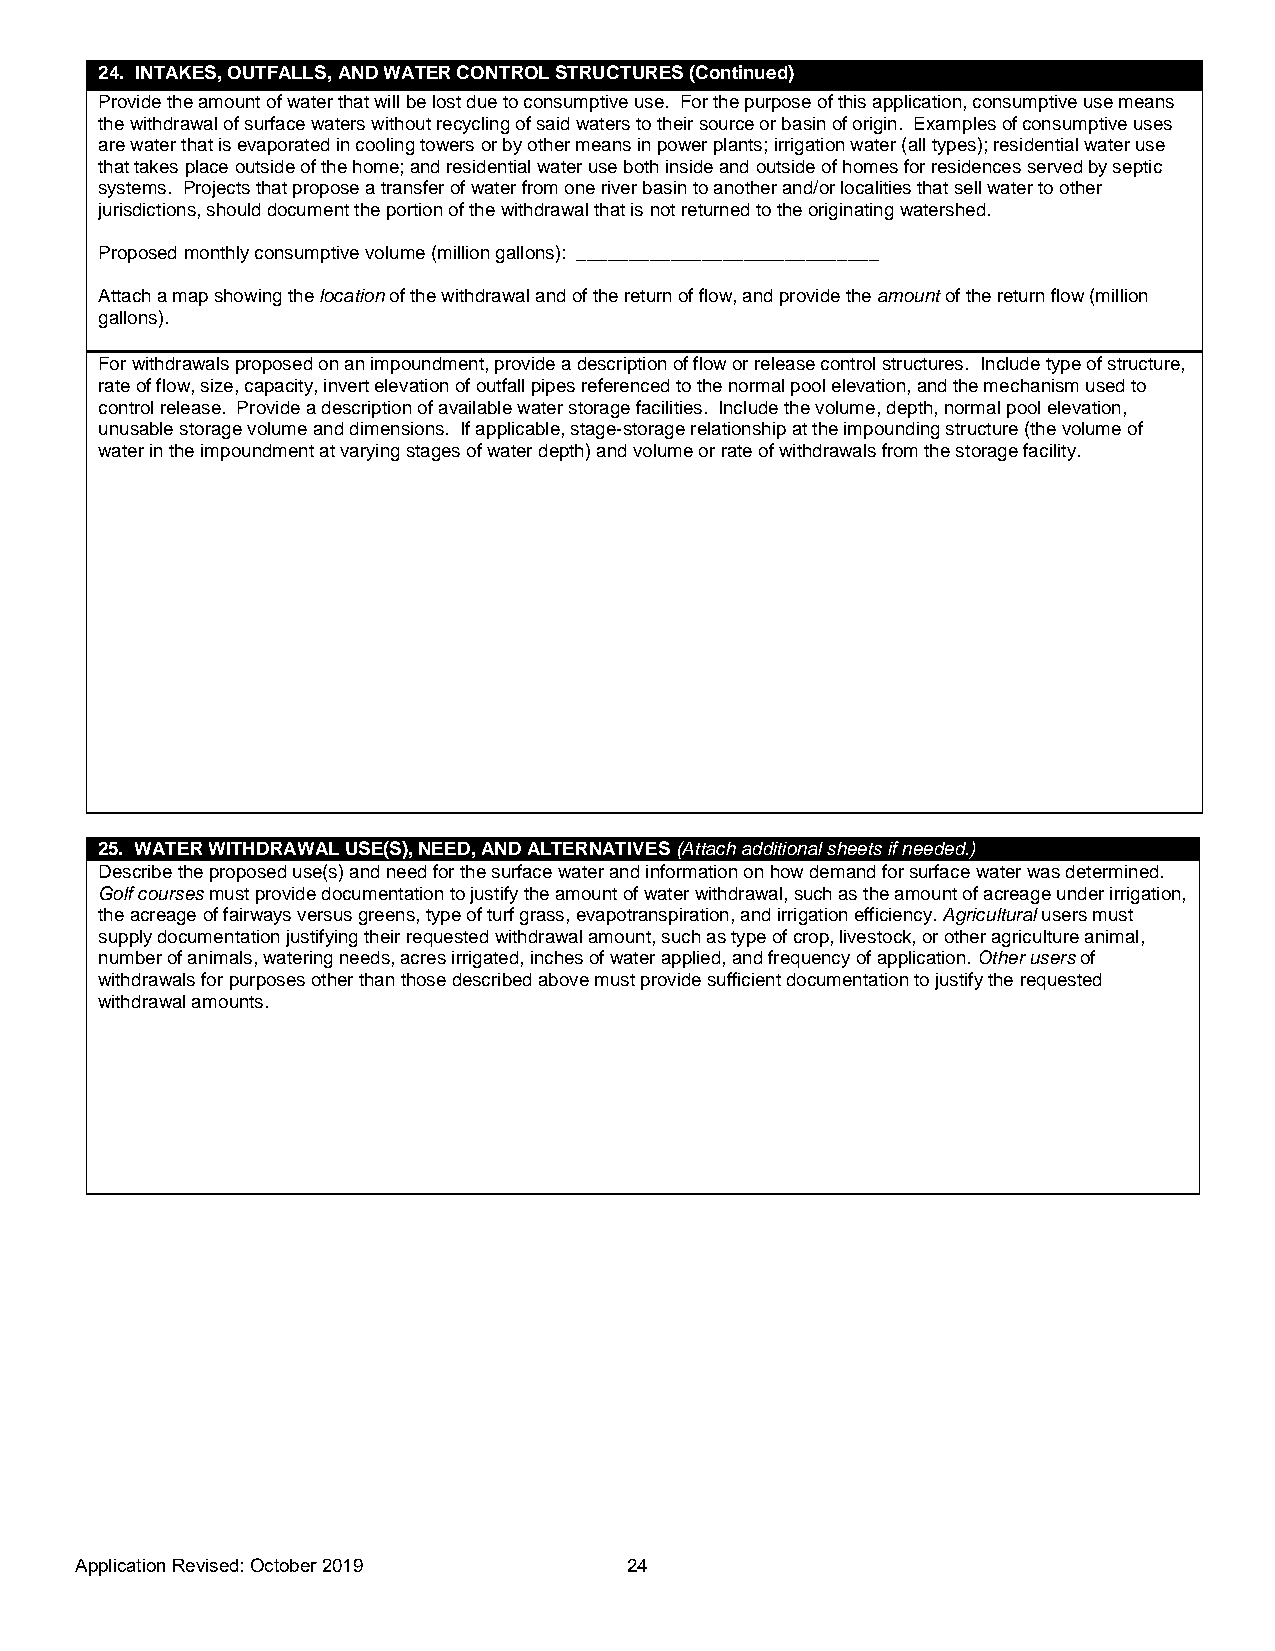
24. INTAKES, OUTFALLS, AND WATER CONTROL STRUCTURES (Continued)
 Provide the amount of water that will be lost due to consumptive use. For the purpose of this application, consumptive use means
 the withdrawal of surface waters without recycling of said waters to their source or basin of origin. Examples of consumptive uses
 are water that is evaporated in cooling towers or by other means in power plants; irrigation water (all types); residential water use
 that takes place outside of the home; and residential water use both inside and outside of homes for residences served by septic
 systems. Projects that propose a transfer of water from one river basin to another and/or localities that sell water to other
 jurisdictions, should document the portion of the withdrawal that is not returned to the originating watershed.
 Proposed monthly consumptive volume (million gallons): _____________________________
 Attach a map showing the location of the withdrawal and of the return of flow, and provide the amount of the return flow (million
 gallons).
 For withdrawals proposed on an impoundment, provide a description of flow or release control structures. Include type of structure,
 rate of flow, size, capacity, invert elevation of outfall pipes referenced to the normal pool elevation, and the mechanism used to
 control release. Provide a description of available water storage facilities. Include the volume, depth, normal pool elevation,
 unusable storage volume and dimensions. If applicable, stage-storage relationship at the impounding structure (the volume of
 water in the impoundment at varying stages of water depth) and volume or rate of withdrawals from the storage facility.
 25. WATER WITHDRAWAL USE(S), NEED, AND ALTERNATIVES (Attach additional sheets if needed.)
 Describe the proposed use(s) and need for the surface water and information on how demand for surface water was determined.
 Golf courses must provide documentation to justify the amount of water withdrawal, such as the amount of acreage under irrigation,
 the acreage of fairways versus greens, type of turf grass, evapotranspiration, and irrigation efficiency. Agricultural users must
 supply documentation justifying their requested withdrawal amount, such as type of crop, livestock, or other agriculture animal,
 number of animals, watering needs, acres irrigated, inches of water applied, and frequency of application. Other users of
 withdrawals for purposes other than those described above must provide sufficient documentation to justify the requested
 withdrawal amounts.
 Application Revised: October 20 19   24